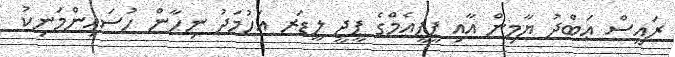
ރައީސް ޢަބްދު ޔާމިން އާއި ޕީޕީއެމްގެ ޕީޖީ ލީޑަރ އަހުމަދު ނިހާން ހުސައިންމަނިކު